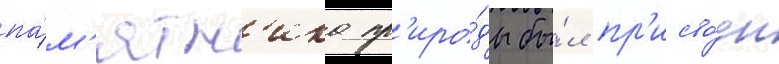
па́м'ятн'ика пр'иро́ды бы́л пр'исво́ен